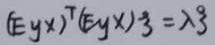
$(\mathrm{E}y x)^{\top}(\mathrm{E}y x) \beta=\lambda \beta$